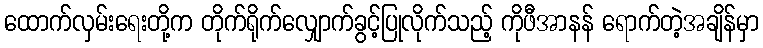
ထောက်လှမ်းရေးတို့က တိုက်ရိုက်လျှောက်ခွင့်ပြုလိုက်သည့် ကိုဖီအာနန် ရောက်တဲ့အချိန်မှာ